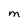
Character: M